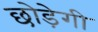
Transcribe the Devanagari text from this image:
छोड़ेगी